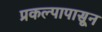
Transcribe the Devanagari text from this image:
प्रकल्पापासून